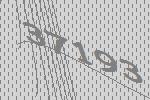
37193